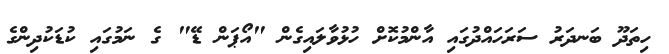
ހިތަދޫ ބަނދަރު ސަރަހައްދުގައި އާންމުކޮށް ހުޅުވާލައިގެން "އޯޕަން ޑޭ" ގެ ނަމުގައި ކުޑަކުދިންގެ